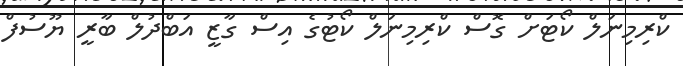
ކްރިމިނަލް ކޯޓަށް ގޮސް ކްރިމިނަލް ކޯޓުގެ އިސް ގާޒީ އަބްދުލް ބާރީ ޔޫސުފް